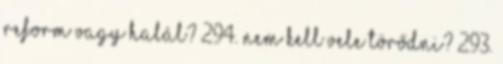
Reform vagy halál? 294. Nem kell vele törődni? 293.